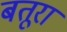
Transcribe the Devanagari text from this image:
बतूरा